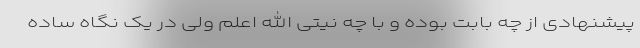
پیشنهادی از چه بابت بوده و با چه نیتی الله اعلم ولی در یک نگاه ساده